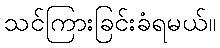
သင်ကြားခြင်းခံရမယ်။